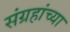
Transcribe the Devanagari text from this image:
संग्रहांच्या